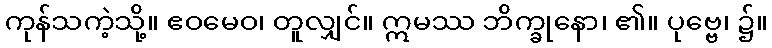
ကုန်သကဲ့သို့။ ဧဝမေဝ၊ တူလျှင်။ ဣမဿ ဘိက္ခုနော၊ ၏။ ပုဗ္ဗေ၊ ၌။